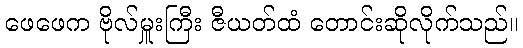
ဖေဖေက ဗိုလ်မှူးကြီး ဇီယတ်ထံ တောင်းဆိုလိုက်သည်။